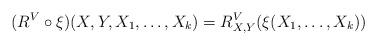
LaTeX: \begin{align*}(R^V\circ\xi)(X,Y,X_1,\ldots,X_k)=R_{X,Y}^V(\xi(X_1,\ldots,X_k))\end{align*}